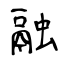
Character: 融